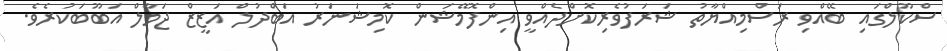
ސްކޫލްގައި ބޭއްވި ރަސްމިއްޔާތު ޝަރަފުވެރިކޮށްދެއްވީ އިންފޮމޭޝަން ކޮމިޝަނަރު އަބްދުލް އަޒީޒް ޖަމާލް އަބޫބަކުރެވެ.